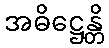
အဓိဋ္ဌေန္တိ